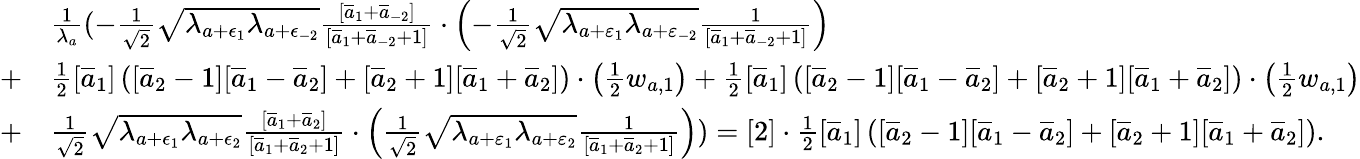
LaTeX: \begin{array}{rl}&{\frac{1}{\lambda_{a}}(-\frac{1}{\sqrt{2}}\sqrt{\lambda_{a+\epsilon_{1}}\lambda_{a+\epsilon_{-2}}}\frac{[\overline{{a}}_{1}+\overline{{a}}_{-2}]}{[\overline{{a}}_{1}+\overline{{a}}_{-2}+1]}\cdot\left(-\frac{1}{\sqrt{2}}\sqrt{\lambda_{a+\varepsilon_{1}}\lambda_{a+\varepsilon_{-2}}}\frac{1}{[\overline{{a}}_{1}+\overline{{a}}_{-2}+1]}\right)}\\ {+}&{\frac{1}{2}[\overline{{a}}_{1}]\left([\overline{{a}}_{2}-1][\overline{{a}}_{1}-\overline{{a}}_{2}]+[\overline{{a}}_{2}+1][\overline{{a}}_{1}+\overline{{a}}_{2}]\right)\cdot\left(\frac{1}{2}w_{a,1}\right)+\frac{1}{2}[\overline{{a}}_{1}]\left([\overline{{a}}_{2}-1][\overline{{a}}_{1}-\overline{{a}}_{2}]+[\overline{{a}}_{2}+1][\overline{{a}}_{1}+\overline{{a}}_{2}]\right)\cdot\left(\frac{1}{2}w_{a,1}\right)}\\ {+}&{\frac{1}{\sqrt{2}}\sqrt{\lambda_{a+\epsilon_{1}}\lambda_{a+\epsilon_{2}}}\frac{[\overline{{a}}_{1}+\overline{{a}}_{2}]}{[\overline{{a}}_{1}+\overline{{a}}_{2}+1]}\cdot\left(\frac{1}{\sqrt{2}}\sqrt{\lambda_{a+\varepsilon_{1}}\lambda_{a+\varepsilon_{2}}}\frac{1}{[\overline{{a}}_{1}+\overline{{a}}_{2}+1]}\right))=[2]\cdot\frac{1}{2}[\overline{{a}}_{1}]\left([\overline{{a}}_{2}-1][\overline{{a}}_{1}-\overline{{a}}_{2}]+[\overline{{a}}_{2}+1][\overline{{a}}_{1}+\overline{{a}}_{2}]\right).}\end{array}